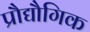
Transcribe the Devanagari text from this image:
प्रौद्यौगिक